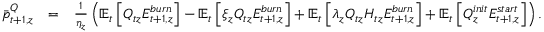
\begin{array} { r l r } { \bar { p } _ { t + 1 , z } ^ { Q } } & { = } & { \frac { 1 } { \eta _ { z } } \left( \mathbb { E } _ { t } \left[ Q _ { t z } E _ { t + 1 , z } ^ { b u r n } \right] - \mathbb { E } _ { t } \left[ \xi _ { z } Q _ { t z } E _ { t + 1 , z } ^ { b u r n } \right] + \mathbb { E } _ { t } \left[ \lambda _ { z } Q _ { t z } H _ { t z } E _ { t + 1 , z } ^ { b u r n } \right] + \mathbb { E } _ { t } \left[ Q _ { z } ^ { i n i t } E _ { t + 1 , z } ^ { s t a r t } \right] \right) . } \end{array}